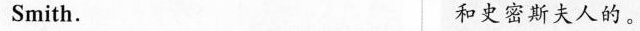
Smith. 和史密斯夫人的。